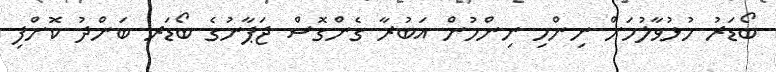
ބޯޑަރު ހުޅުވާލުމަށް ނިންމި ނިންމުން އަބުރާ ގެންގޮސް ޖަޕާނުގެ ބޯޑަރ ބަންދު ކޮށްފި